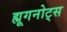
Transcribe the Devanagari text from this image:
ह्यूगनोट्स